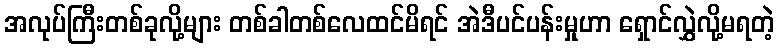
အလုပ်ကြီးတစ်ခုလို့များ တစ်ခါတစ်လေထင်မိရင် အဲဒီပင်ပန်းမှုဟာ ရှောင်လွှဲလို့မရတဲ့